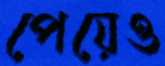
পেয়েও